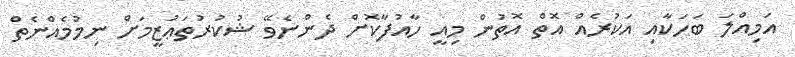
އަމިއްލަ ބަހަކާއި އަކުރެއް އޮތް އޮތުން މިއީ ހާއުފާކޮށް ދެންނެވޭ ޝުކުރުތަޢުޒީމަށް ނިމުމެއްނެތް